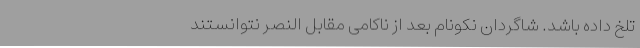
تلخ داده باشد. شاگردان نکونام بعد از ناکامی مقابل النصر نتوانستند